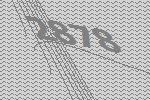
2878